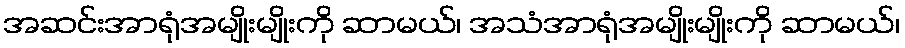
အဆင်းအာရုံအမျိုးမျိုးကို ဆာမယ်၊ အသံအာရုံအမျိုးမျိုးကို ဆာမယ်၊